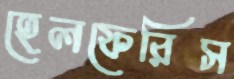
হেলফেরিস